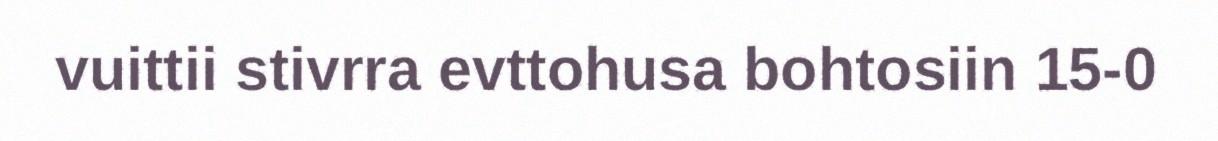
vuittii stivrra evttohusa bohtosiin 15-0